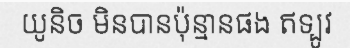
យូនិច មិនបានប៉ុន្មានផង ឥទ្បូវ